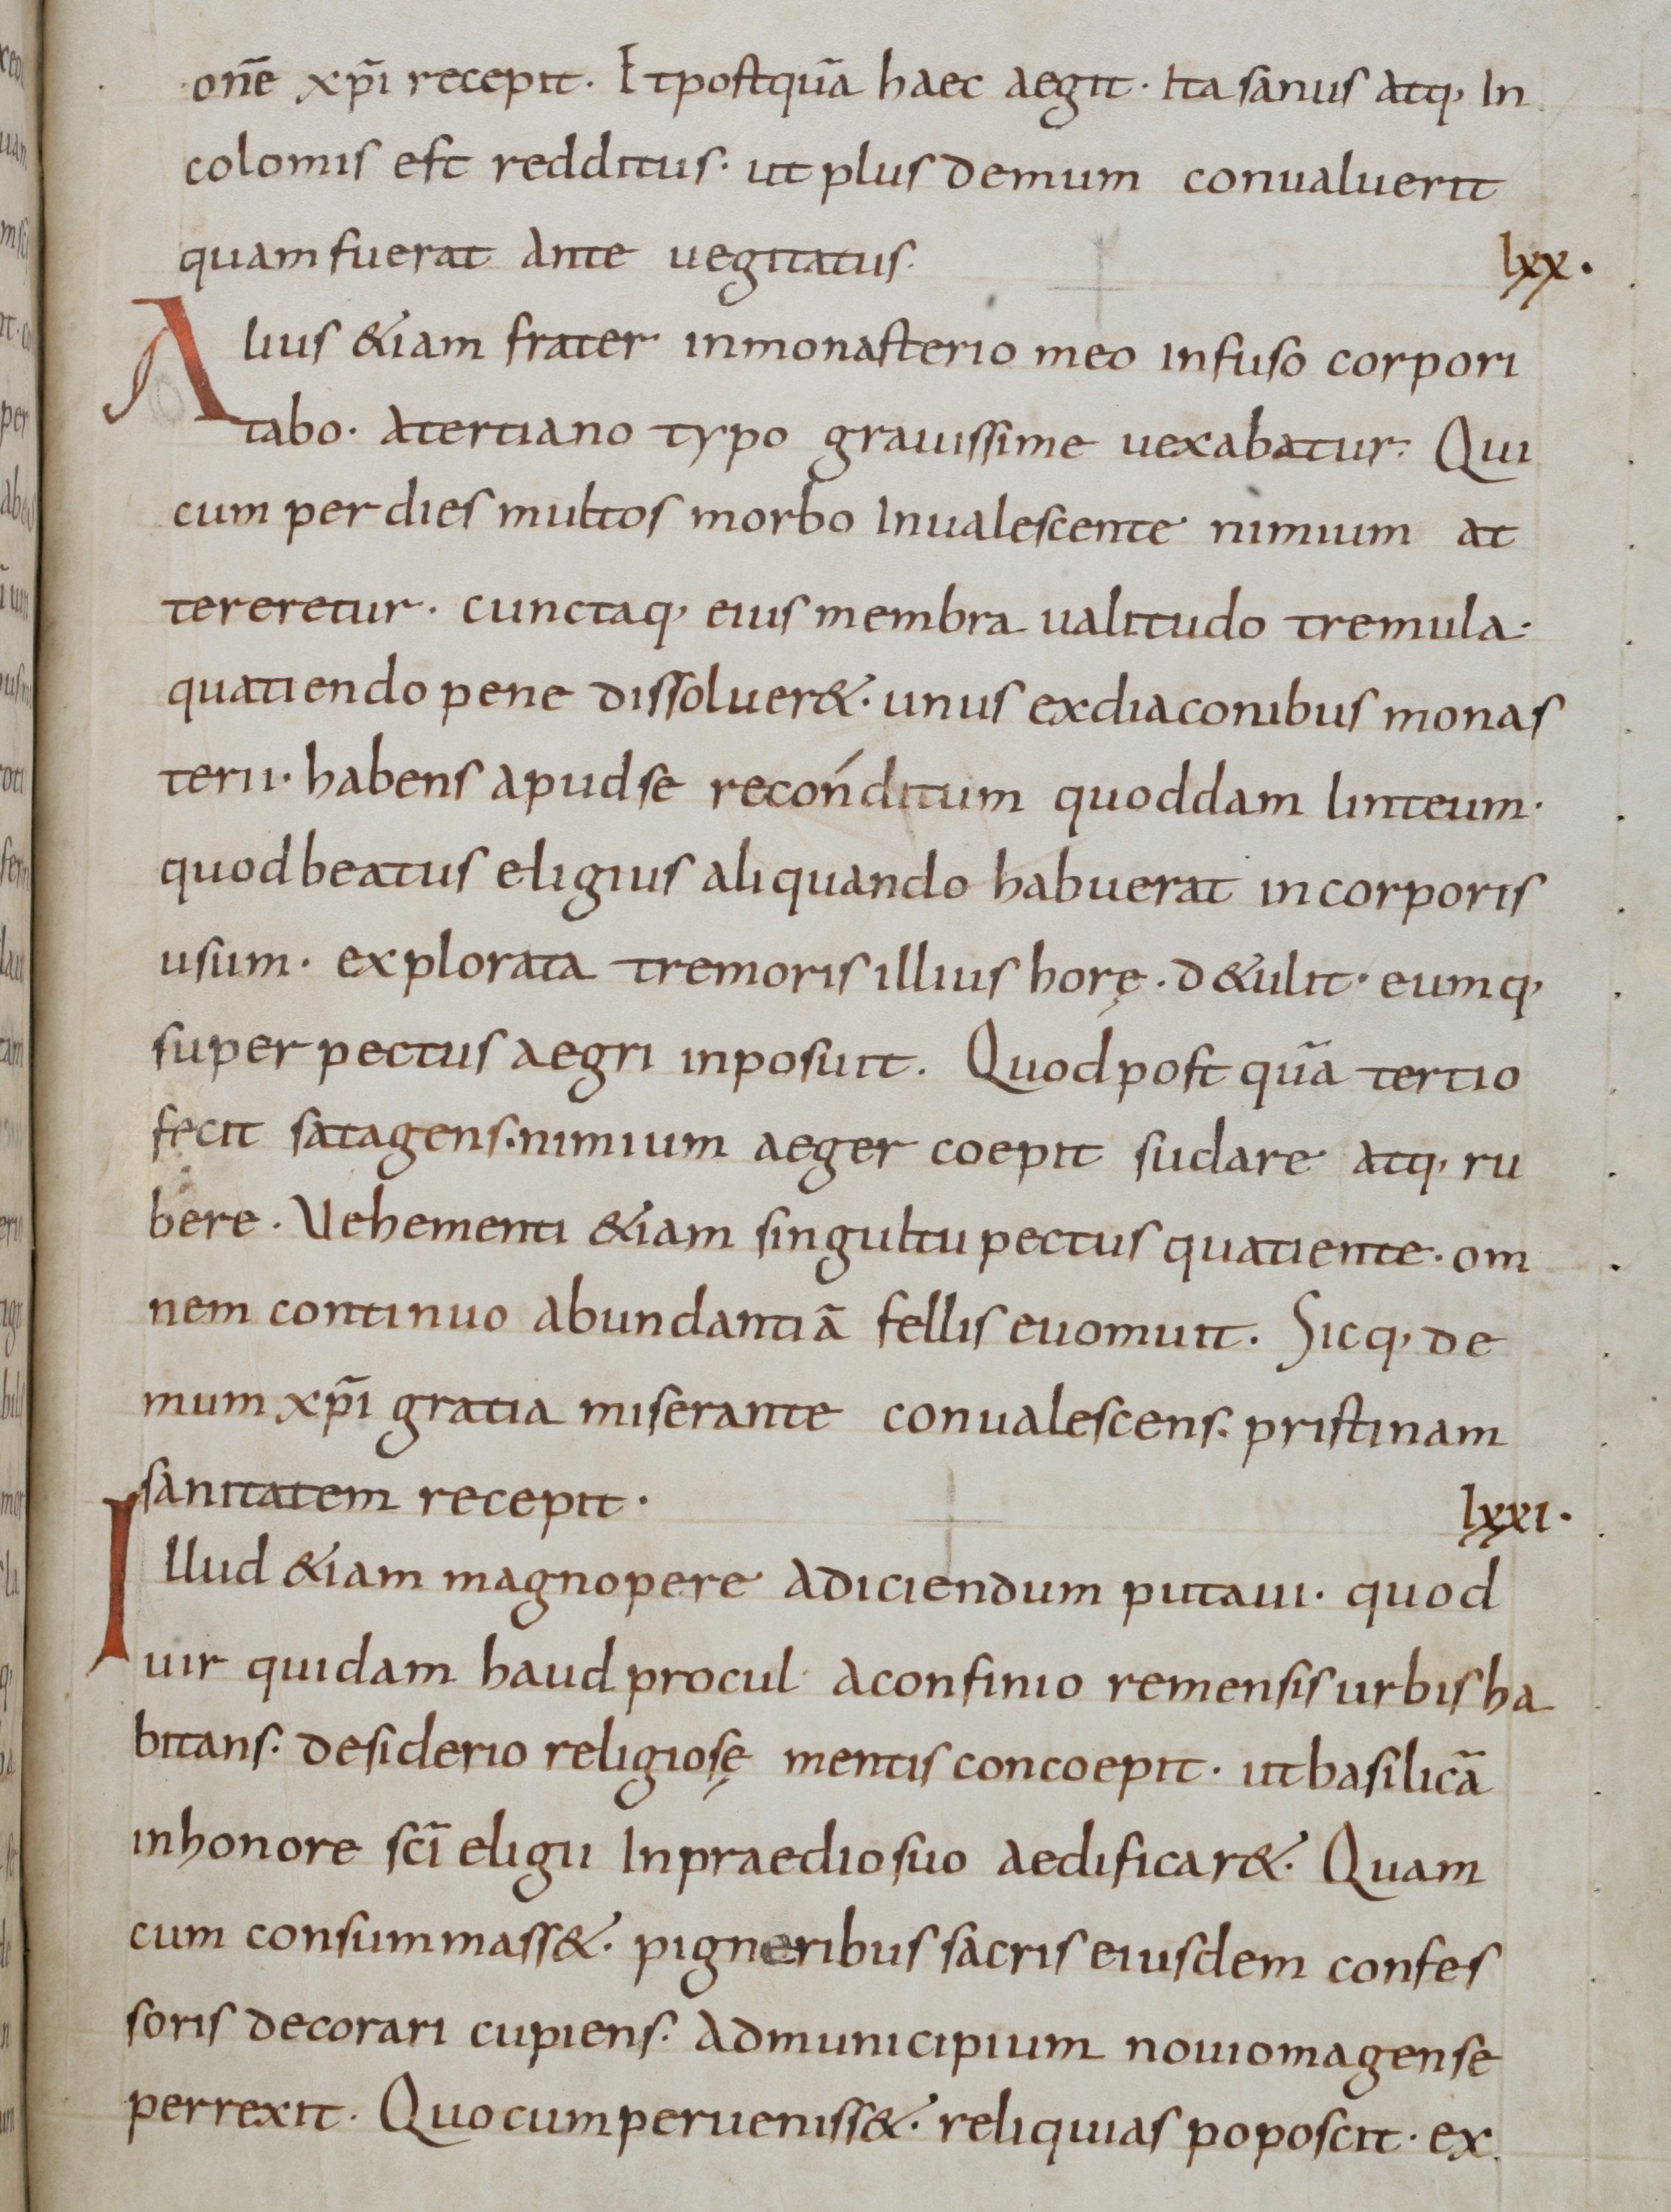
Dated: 800–999